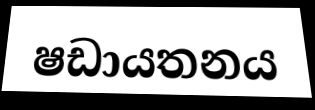
ෂඩායතනය